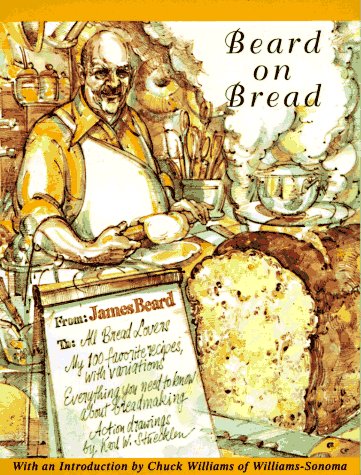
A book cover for Beard On Bread; James Beard; Cookbooks, Food & Wine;